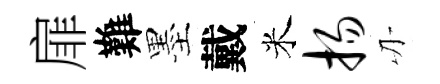
扉難墨戴米扬刃